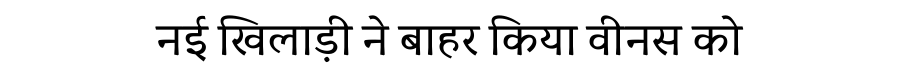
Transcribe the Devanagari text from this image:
नई खिलाड़ी ने बाहर किया वीनस को